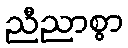
ညီညာစွာ